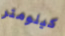
كيلومتر